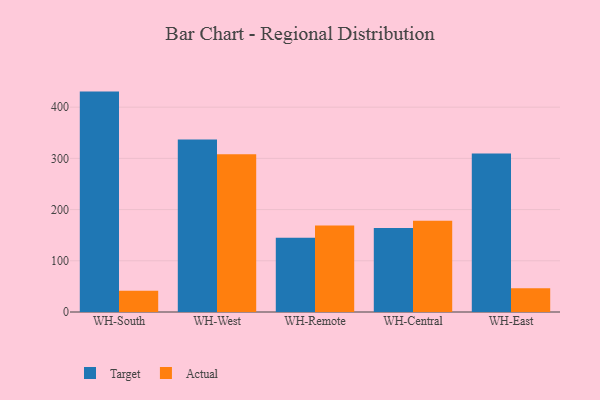
{"axis": {"x": "Warehouse", "y": "Latency (ms)"}, "legend": ["Actual", "Target"], "data": [{"x": "WH-South", "y": 430.4, "type": "Target"}, {"x": "WH-South", "y": 41.5, "type": "Actual"}, {"x": "WH-West", "y": 337.1, "type": "Target"}, {"x": "WH-West", "y": 308.1, "type": "Actual"}, {"x": "WH-Remote", "y": 145.0, "type": "Target"}, {"x": "WH-Remote", "y": 169.1, "type": "Actual"}, {"x": "WH-Central", "y": 163.8, "type": "Target"}, {"x": "WH-Central", "y": 178.2, "type": "Actual"}, {"x": "WH-East", "y": 309.5, "type": "Target"}, {"x": "WH-East", "y": 46.6, "type": "Actual"}]}